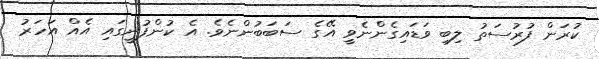
ކުރަން ފުރުސަތު ލިބި ވަޑައިގެންނެވީ އޭގެ ސަބަބުންނެވެ. އެ ކުންފުނީގައި އެއް އަހަރު